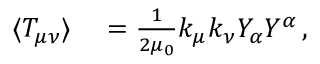
\begin{array} { r l } { \langle T _ { \mu \nu } \rangle } & { { } = \frac { 1 } { 2 \mu _ { 0 } } k _ { \mu } k _ { \nu } Y _ { \alpha } Y ^ { \alpha } \, , } \end{array}